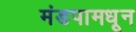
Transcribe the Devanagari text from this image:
मंडपामधून